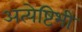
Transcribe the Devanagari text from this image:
अत्येष्टिभी